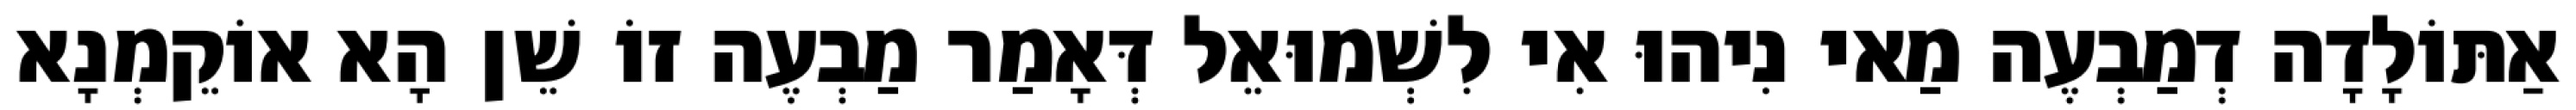
אַתּוֹלָדָה דְמַבְעֶה מַאי נִיהוּ אִי לִשְׁמוּאֵל דְּאָמַר מַבְעֶה זוֹ שֵׁן הָא אוֹקֵמְנָא